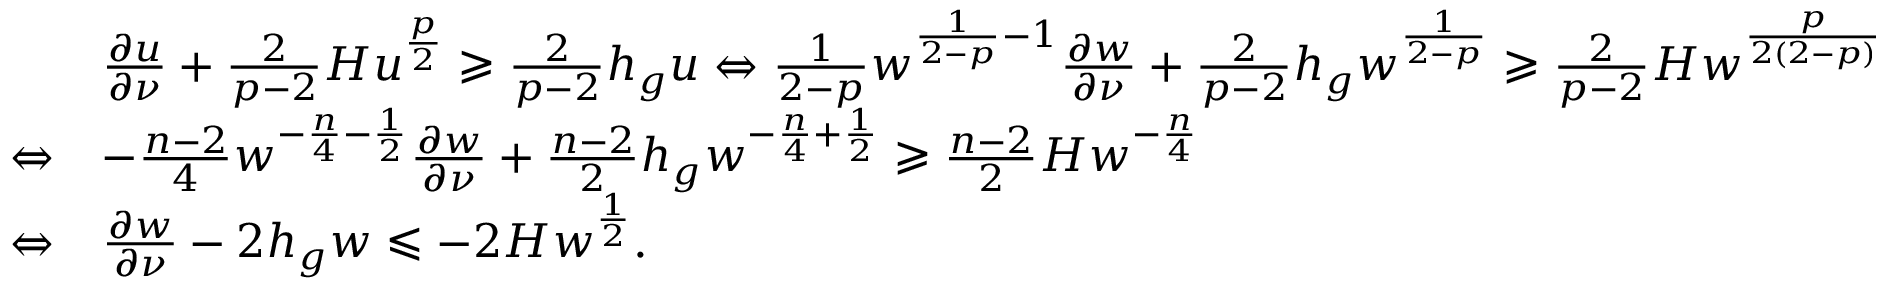
\begin{array} { r l } & { \frac { \partial u } { \partial \nu } + \frac { 2 } { p - 2 } H u ^ { \frac { p } { 2 } } \geqslant \frac { 2 } { p - 2 } h _ { g } u \Leftrightarrow \frac { 1 } { 2 - p } w ^ { \frac { 1 } { 2 - p } - 1 } \frac { \partial w } { \partial \nu } + \frac { 2 } { p - 2 } h _ { g } w ^ { \frac { 1 } { 2 - p } } \geqslant \frac { 2 } { p - 2 } H w ^ { \frac { p } { 2 ( 2 - p ) } } } \\ { \Leftrightarrow } & { - \frac { n - 2 } { 4 } w ^ { - \frac { n } { 4 } - \frac { 1 } { 2 } } \frac { \partial w } { \partial \nu } + \frac { n - 2 } { 2 } h _ { g } w ^ { - \frac { n } { 4 } + \frac { 1 } { 2 } } \geqslant \frac { n - 2 } { 2 } H w ^ { - \frac { n } { 4 } } } \\ { \Leftrightarrow } & { \frac { \partial w } { \partial \nu } - 2 h _ { g } w \leqslant - 2 H w ^ { \frac { 1 } { 2 } } . } \end{array}